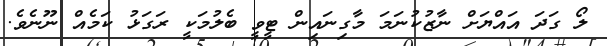
ލޯ ގަދަ އައްޔަށް ނާޒުކުނަމަ މާގިނައިން ޓީވީ ބެލުމަކީ ރަގަޅު ކަމެއް ނޫނެވެ.